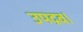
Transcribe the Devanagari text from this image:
उपद्रव।